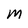
Character: m